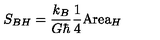
S _ { B H } = \frac { k _ { B } } { G \hbar } \frac { 1 } { 4 } \mathrm { A r e a } _ { H }